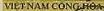
VIETNAM CONG HOA